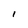
Character: I